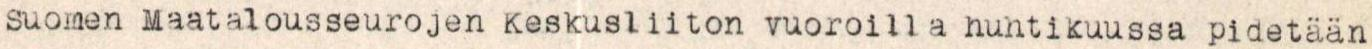
Suomen Maatalousseurojen Keskusliiton vuoroilla huhtikuussa pidetään